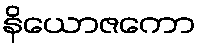
နိယောဇကော